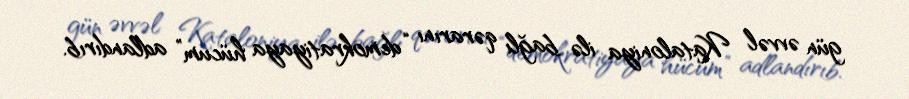
gün əvvəl Kataloniya ilə bağlı qərarını “demokratiyaya hücum” adlandırıb.